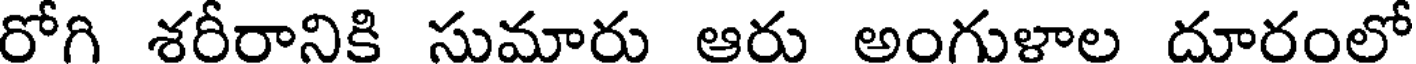
రోగి శరీరానికి సుమారు ఆరు అంగుళాల దూరంలో